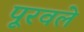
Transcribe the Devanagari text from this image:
पूरवले